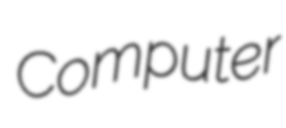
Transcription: Computer